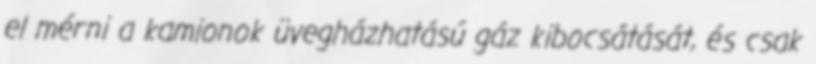
el mérni a kamionok üvegházhatású gáz kibocsátását, és csak